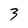
Character: 3